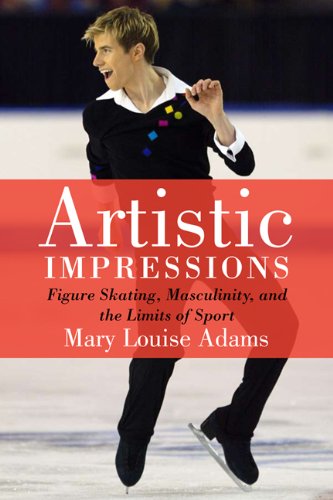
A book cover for Artistic Impressions: Figure Skating, Masculinity, and the Limits of Sport; Mary Louise Adams; Sports & Outdoors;